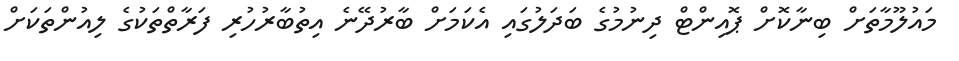
މައުލޫމާތަށް ބިނާކޮށް ޕޮއިންޓް ދިނުމުގެ ބަދަލުގައި އެކަމަށް ބާރުދޭނެ އިތުބާރުހުރި ފަރާތްތަކުގެ ލިއުންތަކަށް